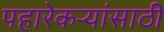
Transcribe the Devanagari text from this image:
पहारेकऱ्यांसाठी